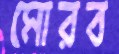
মোরব